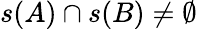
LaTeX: s(A)\cap s(B)\neq\emptyset